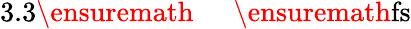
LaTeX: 3.3\ensuremath{\mathrm{~\textrm~{~\, ~}~}}\ensuremath{\mathrm{fs}}